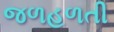
જળહળતી